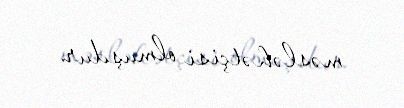
məsləhətçisi olmuşdur.